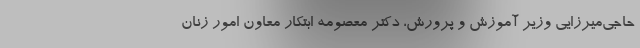
حاجی‌میرزایی وزیر آموزش و پرورش، دکتر معصومه ابتکار معاون امور زنان